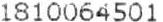
1810064501